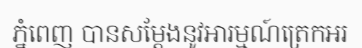
ភ្នំពេញ បានសម្តែងនូវអារម្មណ៍ត្រេកអរ